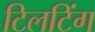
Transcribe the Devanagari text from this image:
टिलटिंग